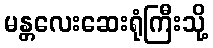
မန္တလေးဆေးရုံကြီးသို့